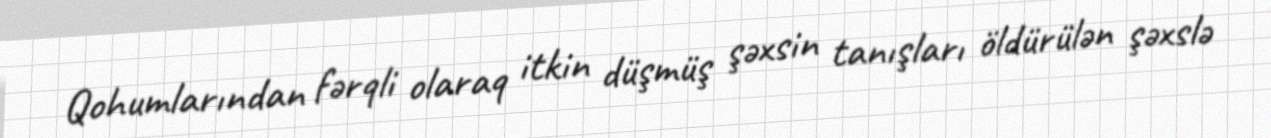
Qohumlarından fərqli olaraq itkin düşmüş şəxsin tanışları öldürülən şəxslə